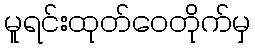
မူရင်းထုတ်ဝေတိုက်မှ